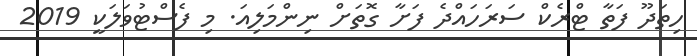
ހިތަދޫ ފަތާ ޓްރެކް ސަރަހައްދެ ފަށާ ގޮތަށް ނިންމަލިއަ. މި ފެސްޓުވަލަކީ 2019